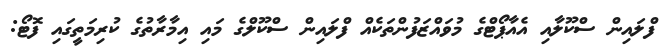
ފްލައިން ސްކޫލާއި އެއާޕޯޓްގެ މުވައްޒަފުންތަކެއް ފްލައިން ސްކޫލްގެ މައި އިމާރާތުގެ ކުރިމަތީގައި ފޮޓޯ: